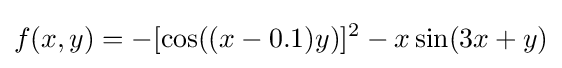
f(x,y)=-[\cos((x-0.1)y)]^{2}-x\sin(3x+y)